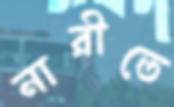
নারীতে